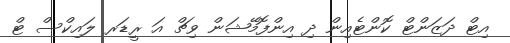
އިޓް ދަޒަންޓް ކޮންޓެއިން ދި އިންފޮމޭޝަން ވިޗް އަ ރީޑަރ ލައިކްސް ޓް